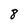
Character: 8